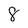
Character: 8